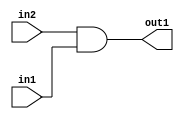
`timescale 1ps / 1ps
/*****************************************************************************
    Verilog RTL Description
    
    
    Created by: CellMath Designer 2019.1.01 
*******************************************************************************/

module fp_cmp_And_1Ux1U_1U_4_0 (
	in2,
	in1,
	out1
	); /* architecture "behavioural" */ 
input  in2,
	in1;
output  out1;
wire  asc001;

assign asc001 = 
	(in2)
	&(in1);

assign out1 = asc001;
endmodule

/* CADENCE  urX1SAA= : u9/ySgnWtBlWxVPRXgAZ4Og= ** DO NOT EDIT THIS LINE ******/